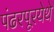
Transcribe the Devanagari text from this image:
पंढरपूरयेथे